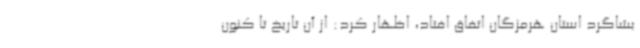
بشاگرد استان هرمزگان اتفاق افتاد، اظهار کرد: از آن تاریخ تا کنون